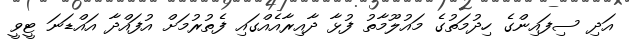
އަދި ސިފައިންގެ ހިދުމަތުގެ މައުލޫމާތު ފުޅާ ދާއިރާއެއްގައި ފެތުރުމަށް އުފައްދާ އައްޑަނަ ޓީވީ